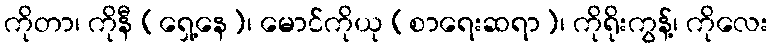
ကိုတာ၊ ကိုနီ (ရှေ့နေ)၊ မောင်ကိုယု (စာရေးဆရာ)၊ ကိုရိုးကွန့်၊ ကိုလေး